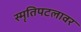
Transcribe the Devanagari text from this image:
स्मृतिपटलावर